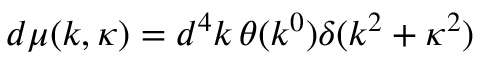
d \mu ( k , \kappa ) = d ^ { 4 } k \, \theta ( k ^ { 0 } ) \delta ( k ^ { 2 } + \kappa ^ { 2 } )